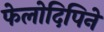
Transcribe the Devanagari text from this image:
फेलोदिपिने